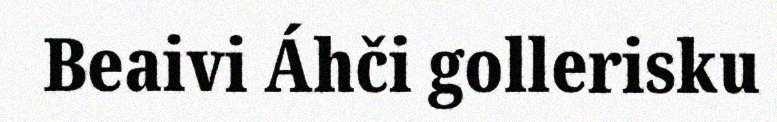
Beaivi Áhči gollerisku